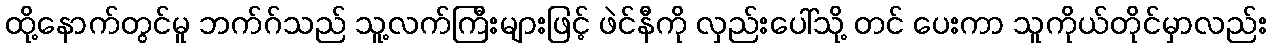
ထို့နောက်တွင်မူ ဘက်ဂ်သည် သူ့လက်ကြီးများဖြင့် ဖဲင်နီကို လှည်းပေါ်သို့ တင် ပေးကာ သူကိုယ်တိုင်မှာလည်း